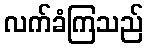
လက်ခံကြသည်